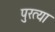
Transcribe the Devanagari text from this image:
पुरत्या